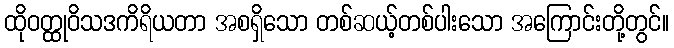
ထိုဝတ္ထုဝိသဒကိရိယတာ အစရှိသော တစ်ဆယ့်တစ်ပါးသော အကြောင်းတို့တွင်။